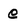
Character: e